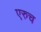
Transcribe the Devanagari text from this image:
एरुच